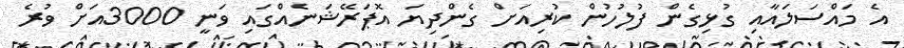
އެ މައްސަލައާއި ގުޅިގެން ފުލުހުން ކުރިއަށް ގެންދިޔަ އޮޕަރޭޝަނެއްގައި ވަނީ 3000އަށް ވުރެ